Scientific memoirs by medical officers of the Army of India - Part VI,
Year: 1891
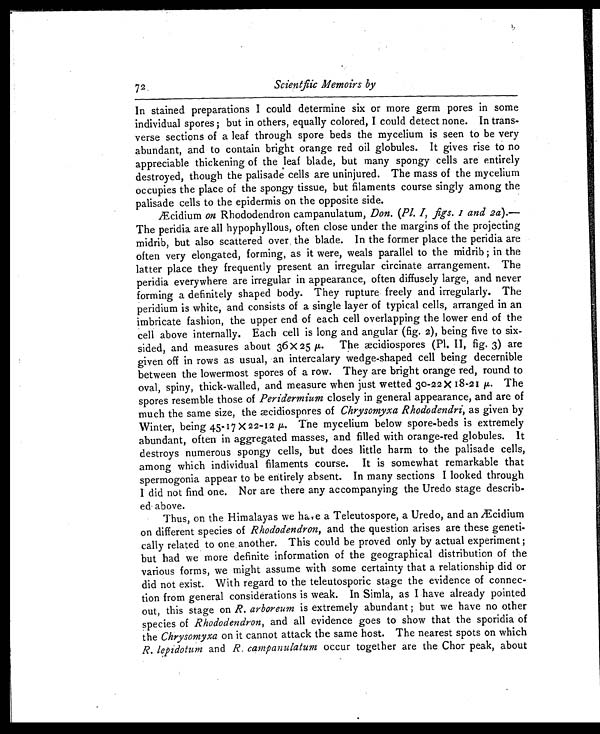
Scientfiic Memoirs by
In stained preparations I could determine six or more germ pores in some
individual spores; but in others, equally colored, I could detect none. In trans-
verse sections of a leaf through spore beds the mycelium is seen to be very
abundant, and to contain bright orange red oil globules. It gives rise to no
appreciable thickening of the leaf blade, but many spongy cells are entirely
destroyed, though the palisade cells are uninjured. The mass of the mycelium
occupies the place of the spongy tissue, but filaments course singly among the
palisade cells to the epidermis on the opposite side.
Æcidium on Rhododendron campanulatum, Don. (Pl. I, figs. I and 2a).—
The peridia are all hypophyllous, often close under the margins of the projecting
midrib, but also scattered over, the blade. In the former place the peridia are
often very elongated, forming, as it were, weals parallel to the midrib; in the
latter place they frequently present an irregular circinate arrangement. The
peridia everywhere are irregular in appearance, often diffusely large, and never
forming a definitely shaped body. They rupture freely and irregularly. The
peridium is white, and consists of a single layer of typical cells, arranged in an
imbricate fashion, the upper end of each cell overlapping the lower end of the
cell above internally. Each cell is long and angular (fig. 2), being five to six-
sided, and measures about 36 x 25 The aecidiospores (Pl. II, fig. 3) are
given off in rows as usual, an intercalary wedge-shaped cell being decernible
between the lowermost spores of a row. They are bright orange red, round to
oval, spiny, thick-walled, and measure when just wetted 30-22 X 18-21 μ . The
spores resemble those of Peridermium closely in general appearance, and are of
much the same size, the aecidiospores of Chrysomyxa Rhododendri, as given by
Winter, being 45-17 X 22-12 μ . The mycelium below spore-beds is extremely
abundant, often in aggregated masses, and filled with orange-red globules. It
destroys numerous spongy cells, but does little harm to the palisade cells,
among which individual filaments course. It is somewhat remarkable that
spermogonia appear to be entirely absent. In many sections I looked through
I did not find one. Nor are there any accompanying the Uredo stage describ-
ed above.
Thus, on the Himalayas we ha., e a Teleutospore, a Uredo, and an iEcidium
on different species of Rhododendron, and the question arises are these geneti-
cally related to one another. This could be proved only by actual experiment ;
but had we more definite information of the geographical distribution of the
various forms, we might assume with some certainty that a relationship did or
did not exist. With regard to the teleutosporic stage the evidence of connec-
tion from general considerations is weak. In Simla, as I have already pointed
out, this stage on R. arboreum is extremely abundant ; but we have no other
species of Rhododendron, and all evidence goes to show that the sporidia of
the Chrysomyxa on it cannot attack the same host. The nearest spots on which
R. lepidotum and R. campanulatum occur together are the Chor peak, about
72